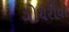
ગોચરીયા